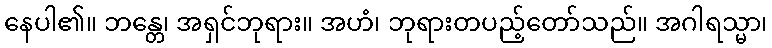
နေပါ၏။ ဘန္တေ၊ အရှင်ဘုရား။ အဟံ၊ ဘုရားတပည့်တော်သည်။ အဂါရသ္မာ၊